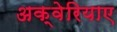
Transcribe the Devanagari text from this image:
अक्वेरियाए